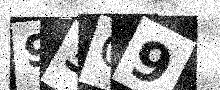
Text: 93Q9